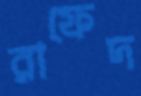
রাফেদ